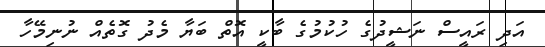
އަދި ރައީސް ނަޝީދުގެ ހުކުމުގެ ބާކީ އޮތް ބަޔާ މެދު ގޮތެއް ނުނިމޭހާ